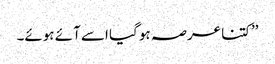
’’کتنا عرصہ ہو گیا اسے آئے ہوئے۔